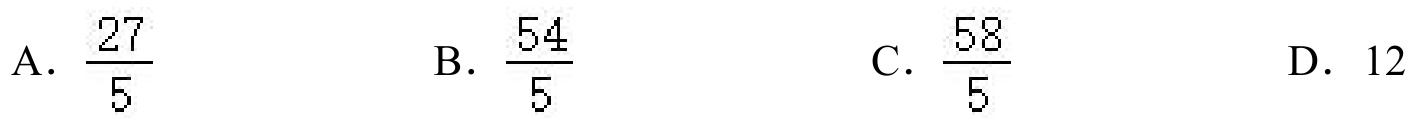
A. \(\frac{27}{5}\)  B. \(\frac{54}{5}\)  C. \(\frac{58}{5}\)  D. \(12\)